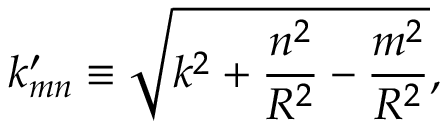
k _ { m n } ^ { \prime } \equiv \sqrt { k ^ { 2 } + \frac { n ^ { 2 } } { R ^ { 2 } } - \frac { m ^ { 2 } } { R ^ { 2 } } } ,